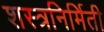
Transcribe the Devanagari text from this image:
शस्त्रनिर्मिती